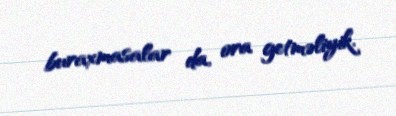
buraxmasalar da, ora getməliyik.